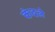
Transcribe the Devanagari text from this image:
कंदले